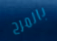
بالمرح